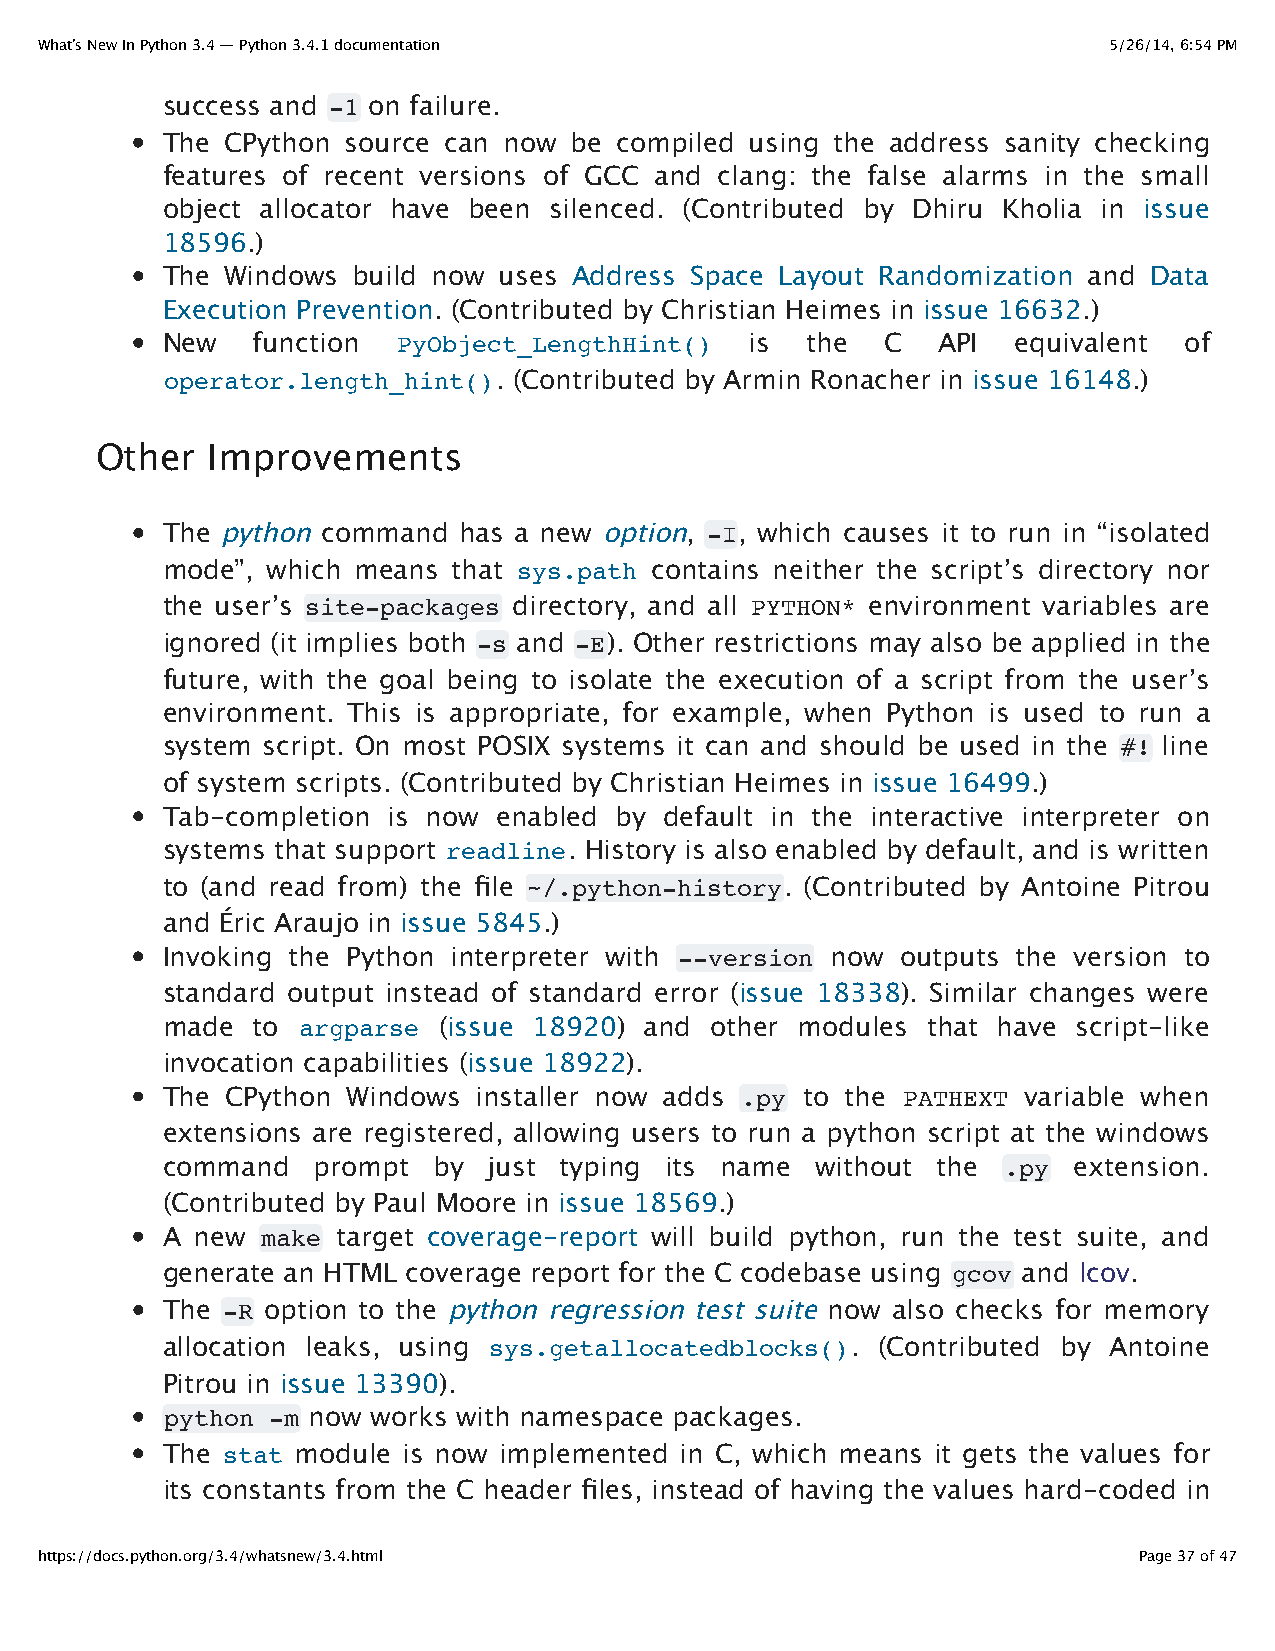
What’s New In Python 3.4 — Python 3.4.1 documentation                  5/26/14, 6:54 PM
 success and -1 on failure.
 The CPython source can now be compiled using the address sanity checking
 features of recent versions of GCC and clang: the false alarms in the small
 object allocator have been silenced. (Contributed by Dhiru Kholia in issue
 18596.)
 The Windows build now uses Address Space Layout Randomization and Data
 Execution Prevention. (Contributed by Christian Heimes in issue 16632.)
 New   function PyObject_LengthHint()   is the   C  API  equivalent of
 operator.length_hint(). (Contributed by Armin Ronacher in issue 16148.)
 Other   Improvements
 The python command has a new option, -I, which causes it to run in “isolated
 mode”, which means that sys.path contains neither the script’s directory nor
 the user’s site-packages directory, and all PYTHON* environment variables are
 ignored (it implies both -s and -E). Other restrictions may also be applied in the
 future, with the goal being to isolate the execution of a script from the user’s
 environment. This is appropriate, for example, when Python is used to run a
 system script. On most POSIX systems it can and should be used in the #! line
 of system scripts. (Contributed by Christian Heimes in issue 16499.)
 Tab-completion is now enabled by default in the interactive interpreter on
 systems that support readline. History is also enabled by default, and is written
 to (and read from) the file ~/.python-history. (Contributed by Antoine Pitrou
 and Éric Araujo in issue 5845.)
 Invoking the Python interpreter with --version now outputs the version to
 standard output instead of standard error (issue 18338). Similar changes were
 made  to argparse (issue 18920) and other modules that have script-like
 invocation capabilities (issue 18922).
 The CPython Windows  installer now adds .py to the PATHEXT variable when
 extensions are registered, allowing users to run a python script at the windows
 command   prompt  by just typing its name  without the .py  extension.
 (Contributed by Paul Moore in issue 18569.)
 A new make target coverage-report will build python, run the test suite, and
 generate an HTML coverage report for the C codebase using gcov and lcov.
 The -R option to the python regression test suite now also checks for memory
 allocation leaks, using sys.getallocatedblocks(). (Contributed by Antoine
 Pitrou in issue 13390).
 python -m now works with namespace packages.
 The stat module is now implemented in C, which means it gets the values for
 its constants from the C header files, instead of having the values hard-coded in
 https://docs.python.org/3.4/whatsnew/3.4.html                            Page 37 of 47